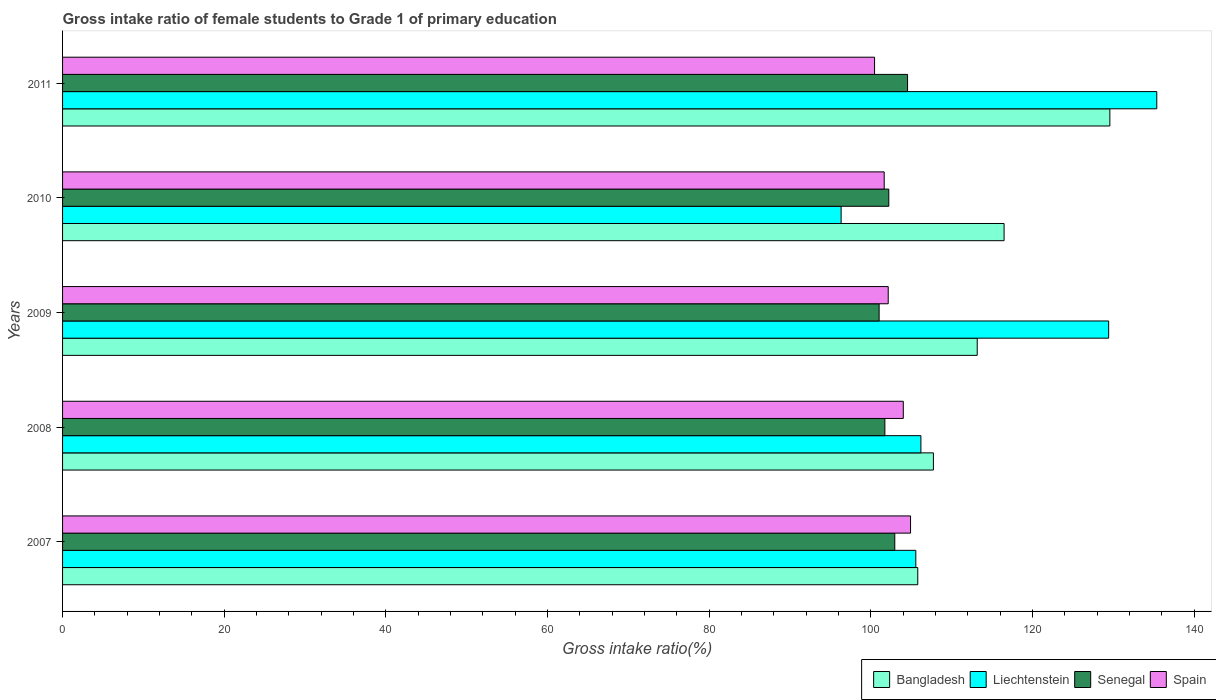
| Years | Bangladesh | Liechtenstein | Senegal | Spain |
 | --- | --- | --- | --- | --- |
 | 2007 | 106 | 106 | 103 | 105 |
 | 2008 | 108 | 106 | 102 | 104 |
 | 2009 | 113 | 129 | 101 | 102 |
 | 2010 | 116 | 96.3 | 102 | 102 |
 | 2011 | 130 | 135 | 105 | 100 |